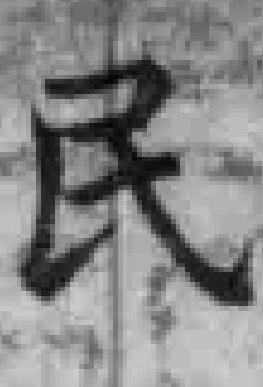
民